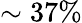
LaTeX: \sim 37\%